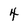
Character: 4